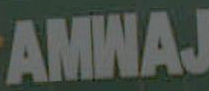
AMWAJ